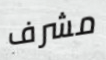
مشرف